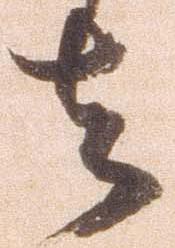
者